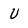
Character: v